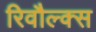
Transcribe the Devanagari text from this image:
रिवौल्क्स